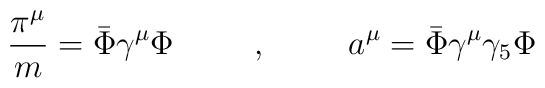
\frac{\pi^{\mu}}{m} = \bar{\Phi}\gamma^{\mu}\Phi\hspace{.4in},\hspace{.4in}a^{\mu} = \bar{\Phi}\gamma^{\mu}\gamma_{5}\Phi